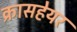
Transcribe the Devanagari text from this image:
क्रासहेयर